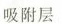
吸附层